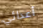
أعدائي